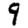
Digit: 9